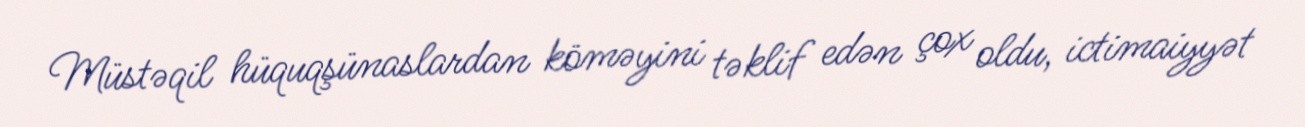
Müstəqil hüquqşünaslardan köməyini təklif edən çox oldu, ictimaiyyət